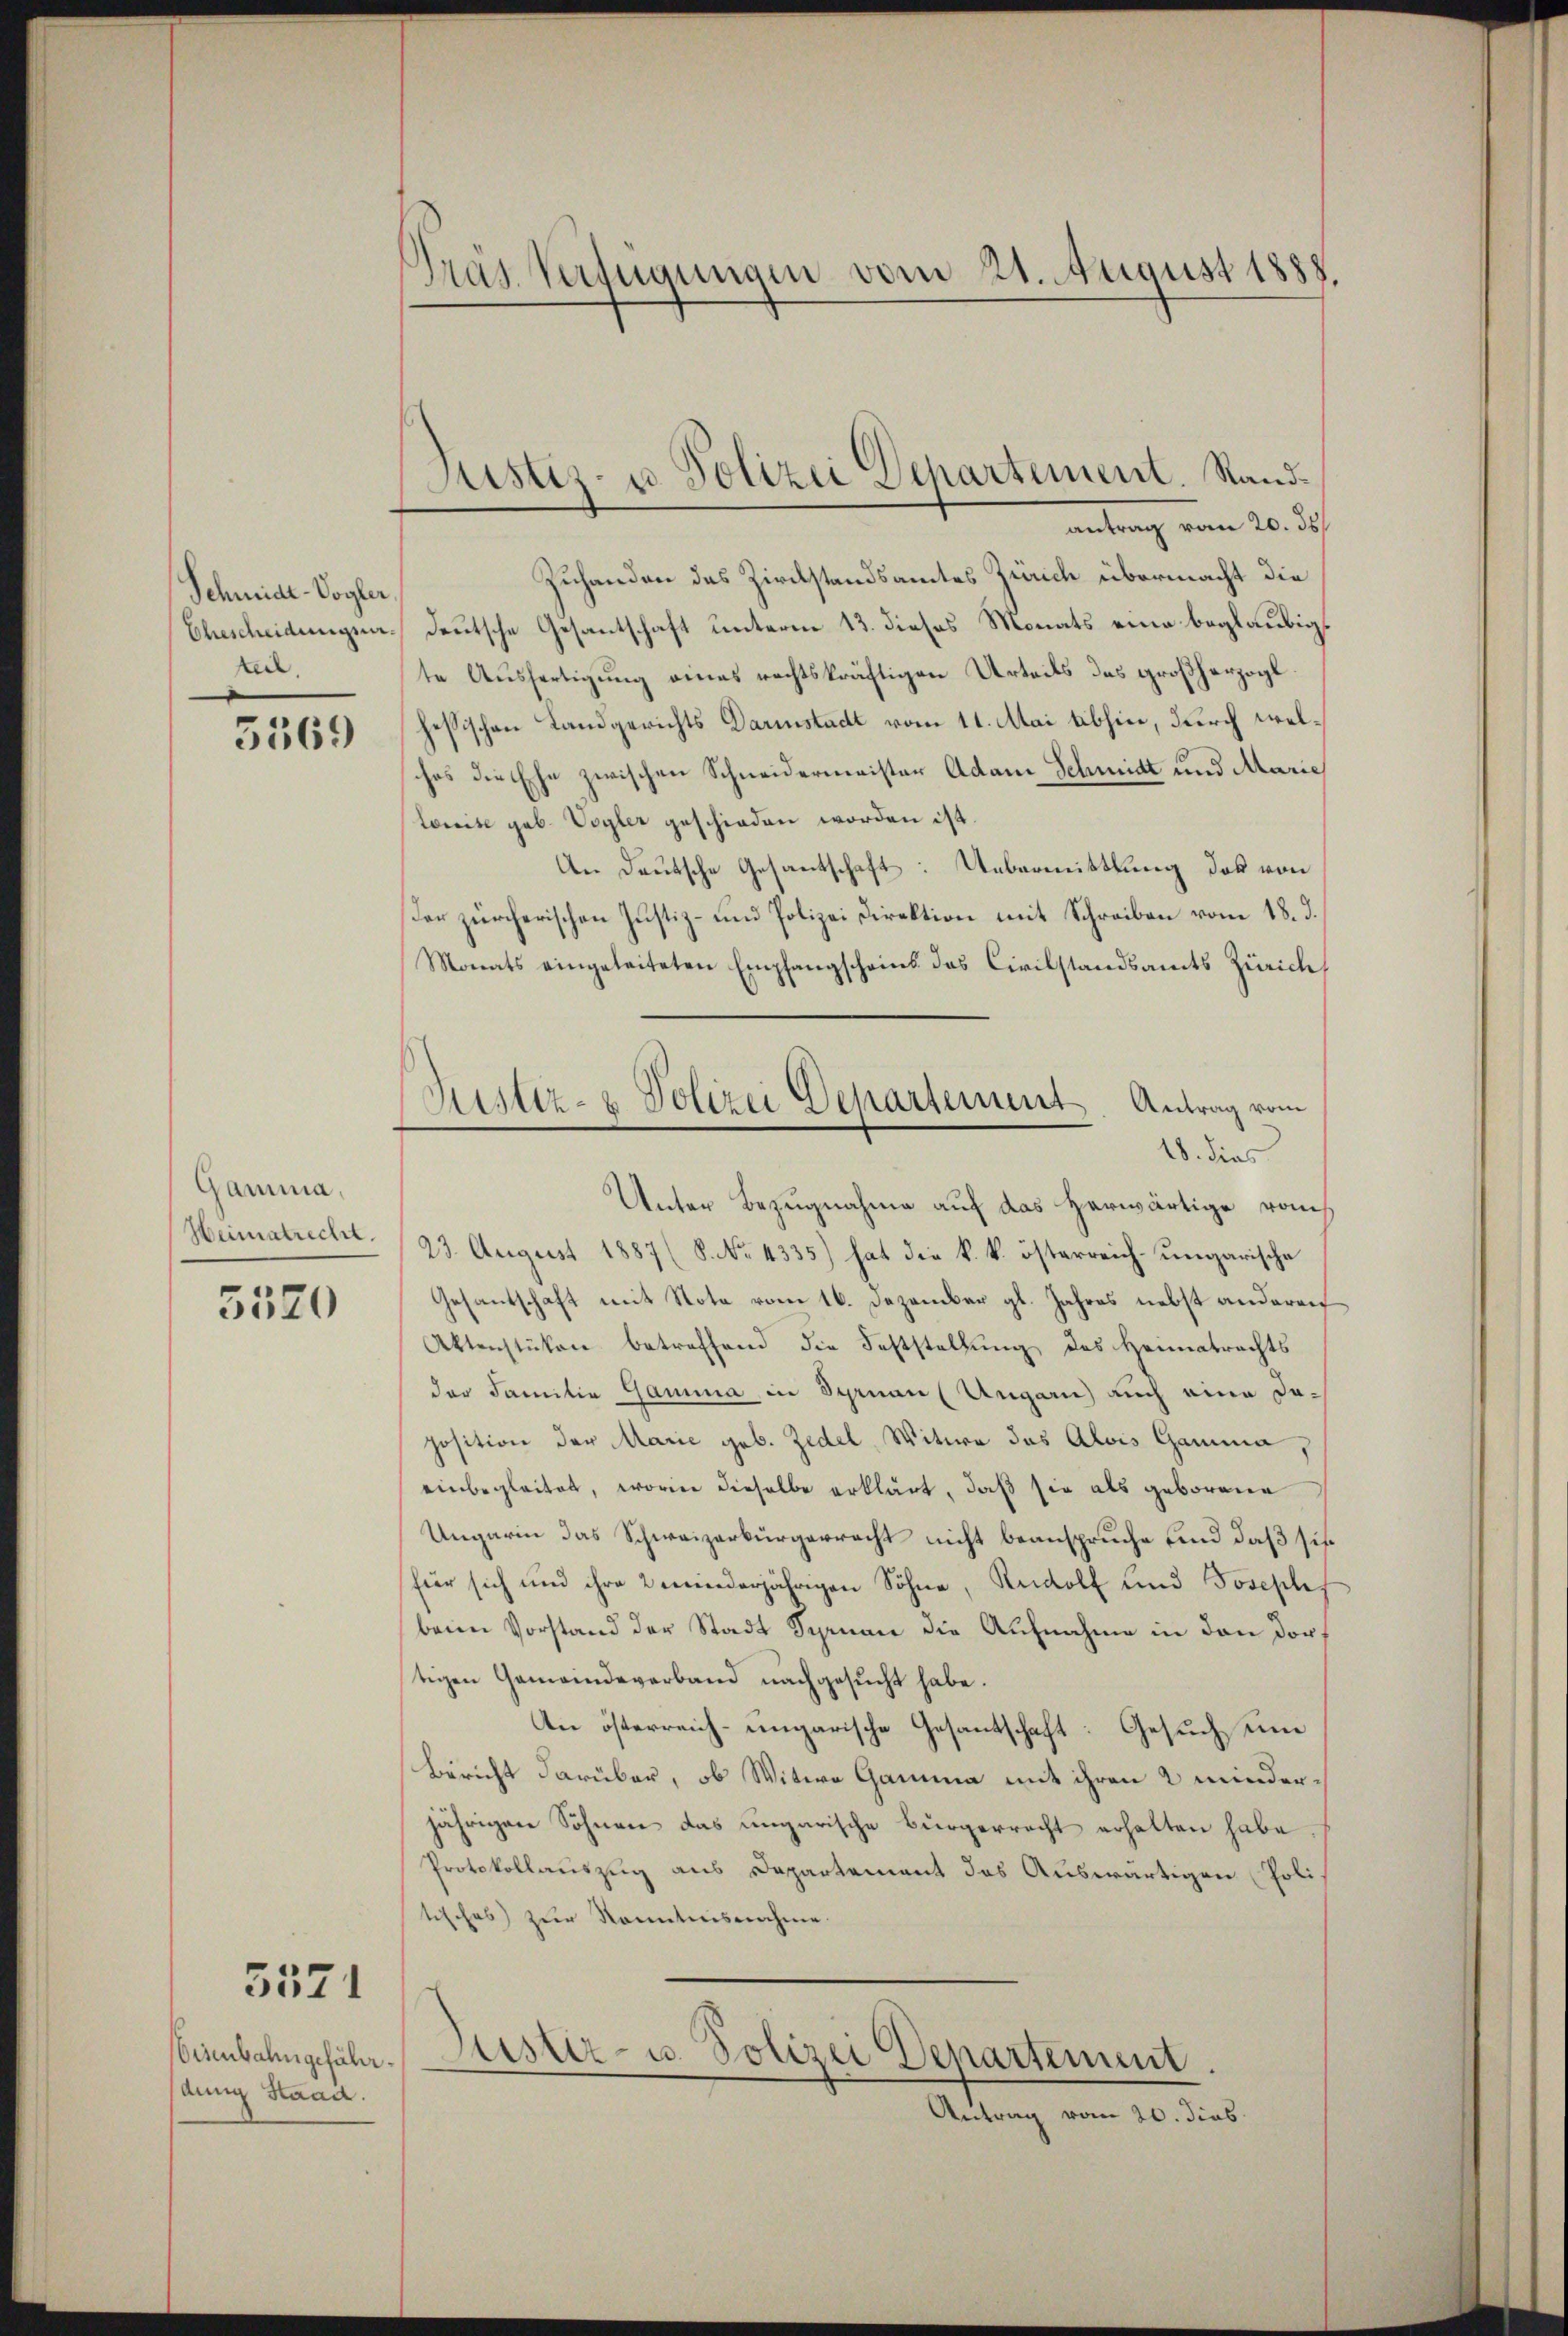
Schmide-Vogler,
keil.

5569

Gamma,
Heimatrecht.
5520

5571

dung Staad.

antrag vom 20. Jah
Zuhanden des Zivilstandsamtes Zürich übermacht die
Ehescheidungen. Deutsche Gesantschaft unterm 13. dieses Monats eine beglaubigt
te Ausfertigung eines rechtskräftigen Urteils des großherzogl
hessischen Landgerichts Darinstadt vom 11. Mai abhin, durch welches die Ehe zwischen Schneidermeister Adam Schmidt und Marie
toreise geb. Vogler geschieden worden ist.
An Deutsche Gesantschaft: Uebermittlung das von
Der zürcherischen Justiz- und Polizei Direktion mit Schreiben vom 18. d.
Monats eingeleiteten Empfangscheins das Civilstandsamts Zürich
Unter Bezugnahme auf das herwärtige kons
23. August 1887 (8. No 4335) hat die k. k. österreich-ungarische
Gesantschaft mit Note vom 16. Dezember gl. Jahres nebst anderen
Aktenstüken betreffend die Feststellung des Heimatrechts
der Familie Gamma in Schran (Ungarn auch eine daposition der Marie geb. Zedel, Witwe das Alois Gamma,
einbegleitet, worin dieselbe erklärt, daß sie als geborene
Ungarin das Schweizerbürgerrecht nicht beanspruche und daß sie
für sich und ihre 2 wiederjährigen Söhne, Rudolf und Josephis
beim Vorstand der Stadt Schran die Aufnahme in den dortigen Gemeindeverband nachgesucht habe.
An österreich-ungarische Gesantschaft: Gesuch um
Bericht darüber, ob Witwe Gamma mit ihren 2 minderjährigen Söhnen das ungarische Bürgerrecht erhalten habe,
Protokollauszug aus Departement das Auswärtigen Politisches zur Kenntnisnahme.
Eisenbahngefähr. Darster- u. Polizei Departement.
Antrag vom 20. dies

Präs. Verfügungen vom 21. August 1888.

Justiz- u. Polizei Departement. Rand¬

Justiz- & Polizei Departement. Antrag vom
18. dies